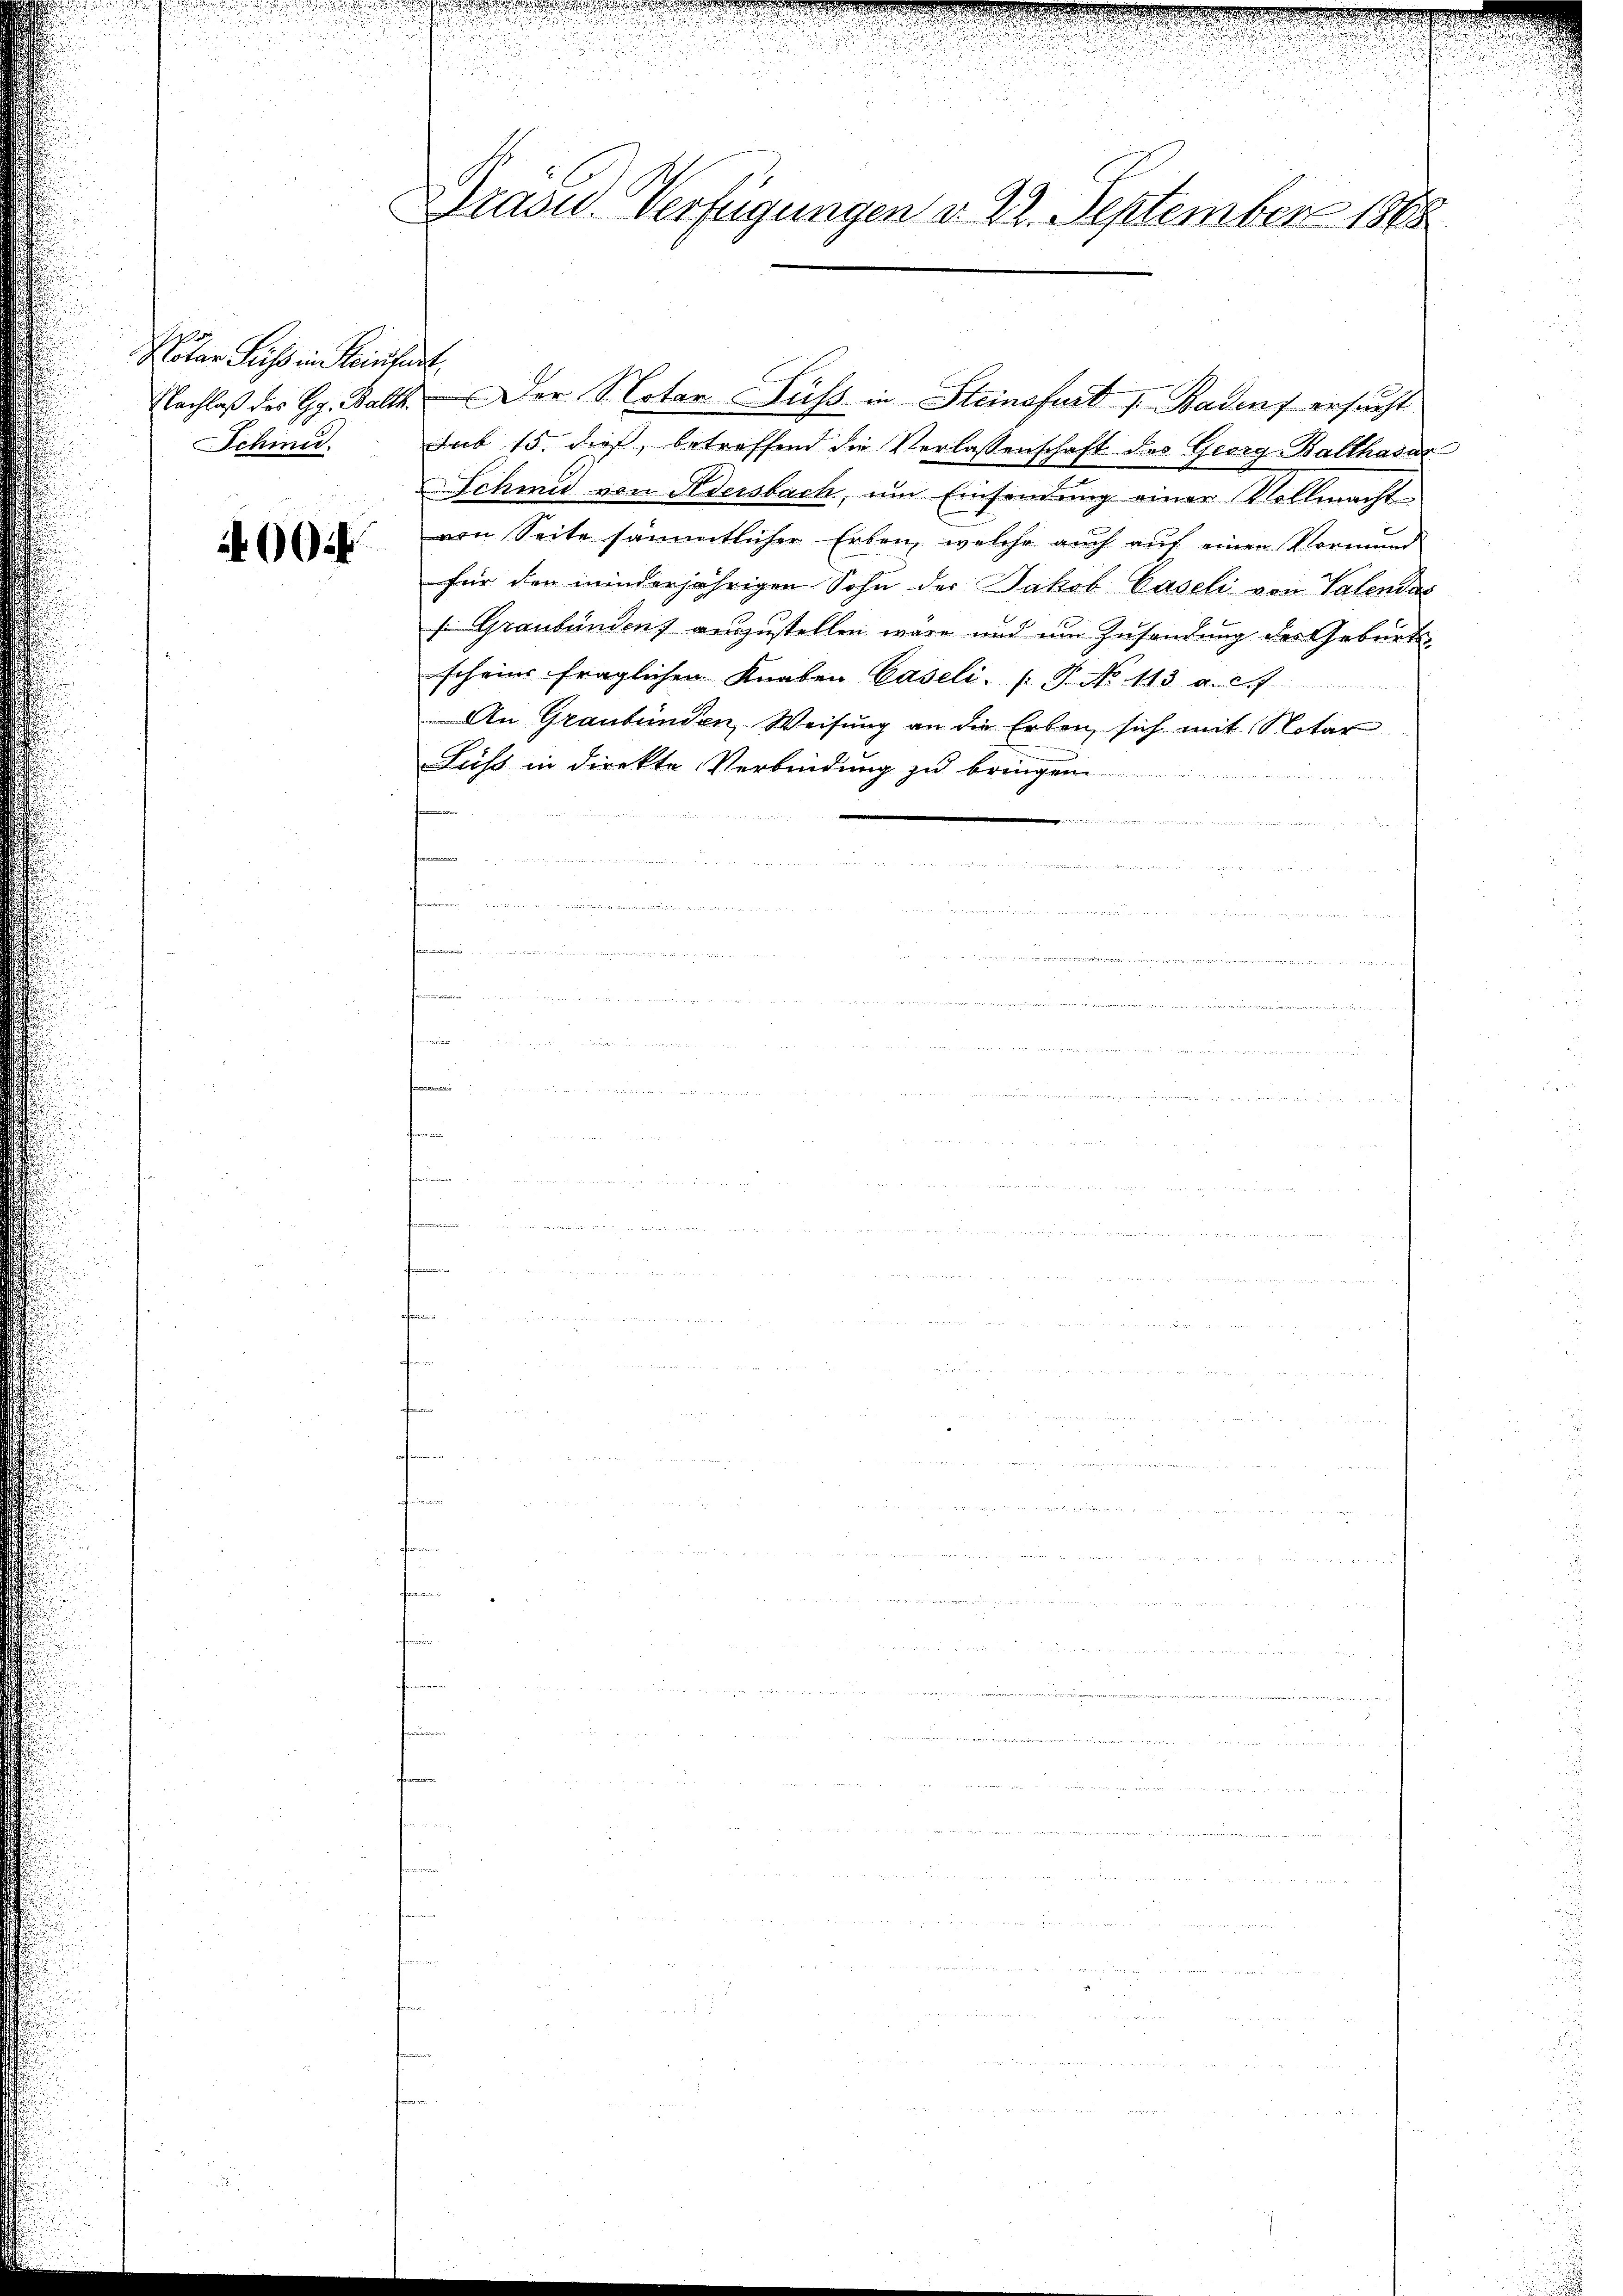
Notar Fuss in eintant,
Schine.

400 f

Präses Verfügungen d. 22. September 1868

Jub 15. dieß, betreffend die Verlassenschaft des Georg Balthasar
Schmid von Adersbach, um Einsendung einer Vollmacht
von Seite sämmtlicher Erben, welche auch auf einen Vormund
für den minderjährigen Sohn der Jakob Gaseli von Valendus
s: Graubünden) auszustellen wäre und um Zusendung des Geburte
scheine fraglichen Knaben Caseli. (T. No 113. a. c.f
An Graubünden, Weisung an die Erben, sich mit Notar
Fuss in direkte Verbindung zu bringen
inner

e
u

Nachlaß des Gg. Balth.  Der Notar Fuss in Steinsfust 1. Badens ersucht